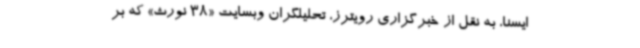
ایسنا، به نقل از خبرگزاری رویترز، تحلیلگران وبسایت «38 نورث» که بر